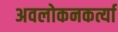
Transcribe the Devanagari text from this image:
अवलोकनकर्त्या